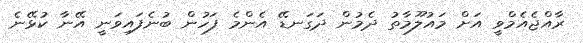
ރާއްޖެއެމްވީ އަށް މައުލޫމާތު ދެމުން ދަގަނޑޭ އެންމެ ފަހުން ބުނެފައިވަނީ އޭނާ ކުޅޭނެ